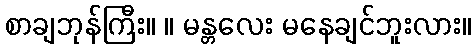
စာချဘုန်ကြီး။ ။ မန္တလေး မနေချင်ဘူးလား။